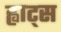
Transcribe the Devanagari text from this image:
ह्वाट्‍स